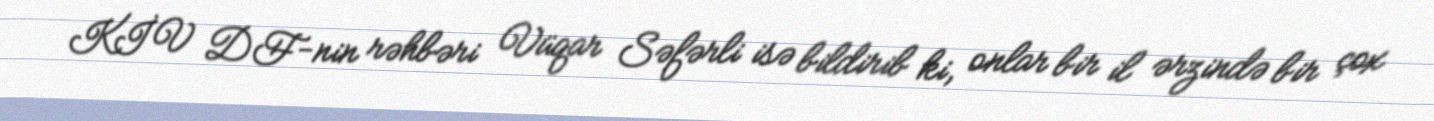
KİV DF-nin rəhbəri Vüqar Səfərli isə bildirib ki, onlar bir il ərzində bir çox